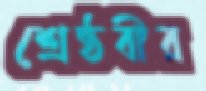
শ্রেষ্ঠবীর